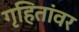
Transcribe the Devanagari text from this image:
गृहितांवर